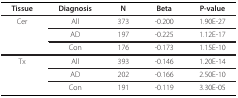
| Tissue | Diagnosis | N | Beta | P-value |
 | --- | --- | --- | --- | --- |
 | Cer | All | 373 | -0.200 | 1.90E-27 |
 |  | AD | 197 | -0.225 | 1.12E-17 |
 |  | Con | 176 | -0.173 | 1.15E-10 |
 | Tx | All | 393 | -0.146 | 1.20E-14 |
 |  | AD | 202 | -0.166 | 2.50E-10 |
 |  | Con | 191 | -0.119 | 3.30E-05 |